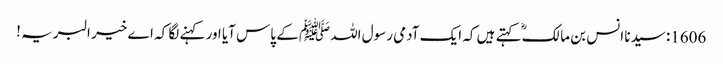
1606: سیدنا انس بن مالکؓ کہتے ہیں کہ ایک آدمی رسول اللہﷺ کے پاس آیا اور کہنے لگا کہ اے خیر البریہ !